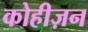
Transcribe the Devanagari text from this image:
कोहीज़न